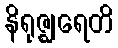
နိရုဇ္ဈရေတိ